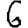
Digit: 6